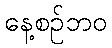
နေ့စဉ်ဘဝ